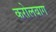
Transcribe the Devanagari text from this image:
करोलबाग